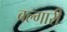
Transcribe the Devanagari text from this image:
बल्गारी